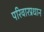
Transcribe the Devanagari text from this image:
परिवारप्रधान